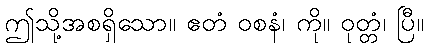
ဤသို့အစရှိသော။ ဧတံ ဝစနံ၊ ကို။ ဝုတ္တံ၊ ပြီ။